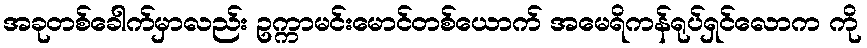
အခုတစ်ခေါက်မှာလည်း ဥက္ကာမင်းမောင်တစ်ယောက် အမေရိကန်ရုပ်ရှင်လောက ကို